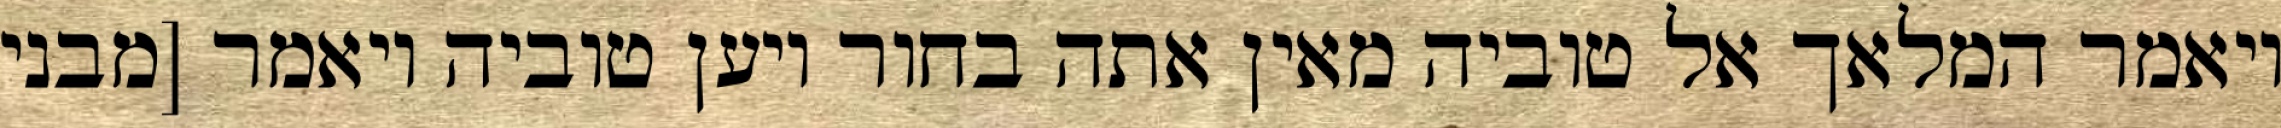
ויאמר המלאך אל טוביה מאין אתה בחור ויען טוביה ויאמר [מבני